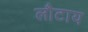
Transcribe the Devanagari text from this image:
लौटाय